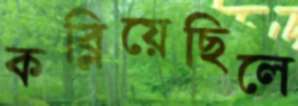
কব্‌লিয়েছিলে